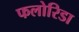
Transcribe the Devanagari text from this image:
फलोरिडा